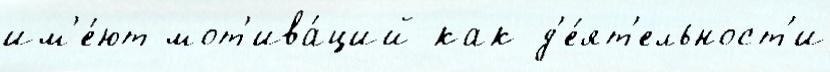
им'е́ют мот'ива́ций как д'е́ят'ельност'и